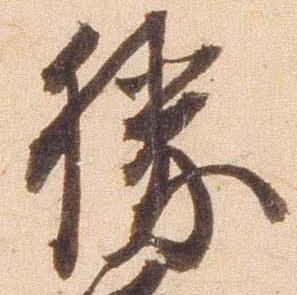
勝